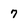
Character: 7